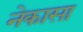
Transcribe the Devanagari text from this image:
नेकासा